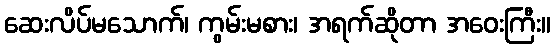
ဆေးလိပ်မသောက်၊ ကွမ်းမစား၊ အရက်ဆိုတာ အဝေးကြီး။